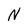
Character: N